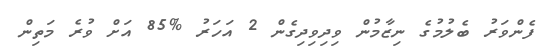
ފެންވަރު ބެލުމުގެ ނިޒާމުން ވިދިވިދިގެން 2 އަހަރު %85 އަށް ވުރެ މަތިން